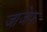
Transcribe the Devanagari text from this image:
जाजेफ